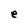
Character: e